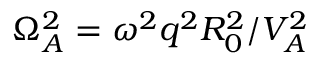
\Omega _ { A } ^ { 2 } = \omega ^ { 2 } q ^ { 2 } R _ { 0 } ^ { 2 } / V _ { A } ^ { 2 }